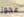
عجوز